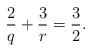
LaTeX: \begin{align*} \frac{2}{q}+\frac{3}{r}=\frac{3}{2}. \end{align*}